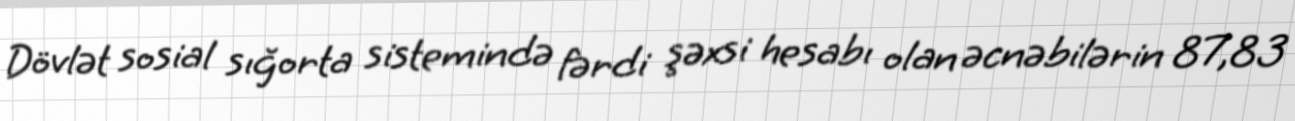
Dövlət sosial sığorta sistemində fərdi şəxsi hesabı olan əcnəbilərin 87,83